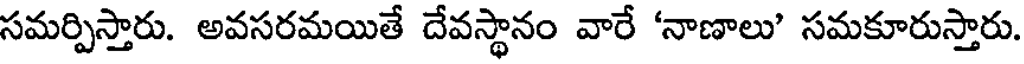
సమర్పిస్తారు. అవసరమయితే దేవస్థానం వారే 'నాణాలు' సమకూరుస్తారు.